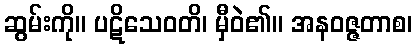
ဆွမ်းကို။ ပဋိသေဝတိ၊ မှီဝဲ၏။ အနဝဇ္ဇတာစ၊